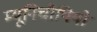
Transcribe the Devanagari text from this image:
म्यूनिचीपियो